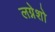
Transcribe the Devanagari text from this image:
लग्नेशो